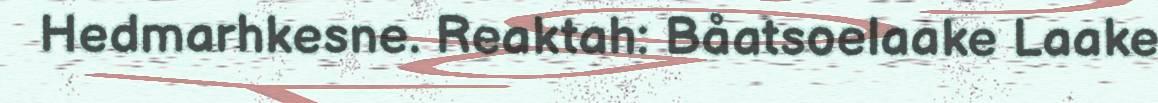
Hedmarhkesne. Reaktah: Båatsoelaake Laake